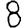
Digit: 8